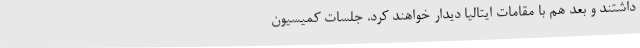
داشتند و بعد هم با مقامات ایتالیا دیدار خواهند کرد. جلسات کمیسیون